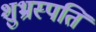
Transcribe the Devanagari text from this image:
शुभ्रस्पति